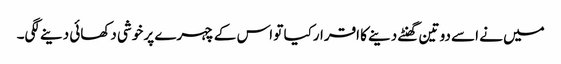
میں نے اسے دو تین گھنٹے دینے کا اقرارکیا تو اس کے چہرے پر خوشی دکھائی دینے لگی۔